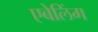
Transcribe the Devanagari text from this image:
एबेलिंग